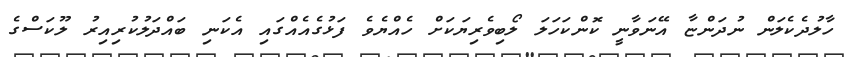
ހާލުދެކެލަން ނުދަންޏާ އޭނަވާނީ ކޮންކަހަލަ ލޯބިވެރިޔަކަށް ހެއްޔެވެ ފަޅުގެއެއްގައި އެކަނި ބައްދަލުކުރިއިރު ލޫކަސްގެ